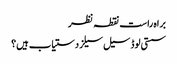
براہ راست نقطہ نظر
سستی لوڈ سیل سیلز دستیاب ہیں؟